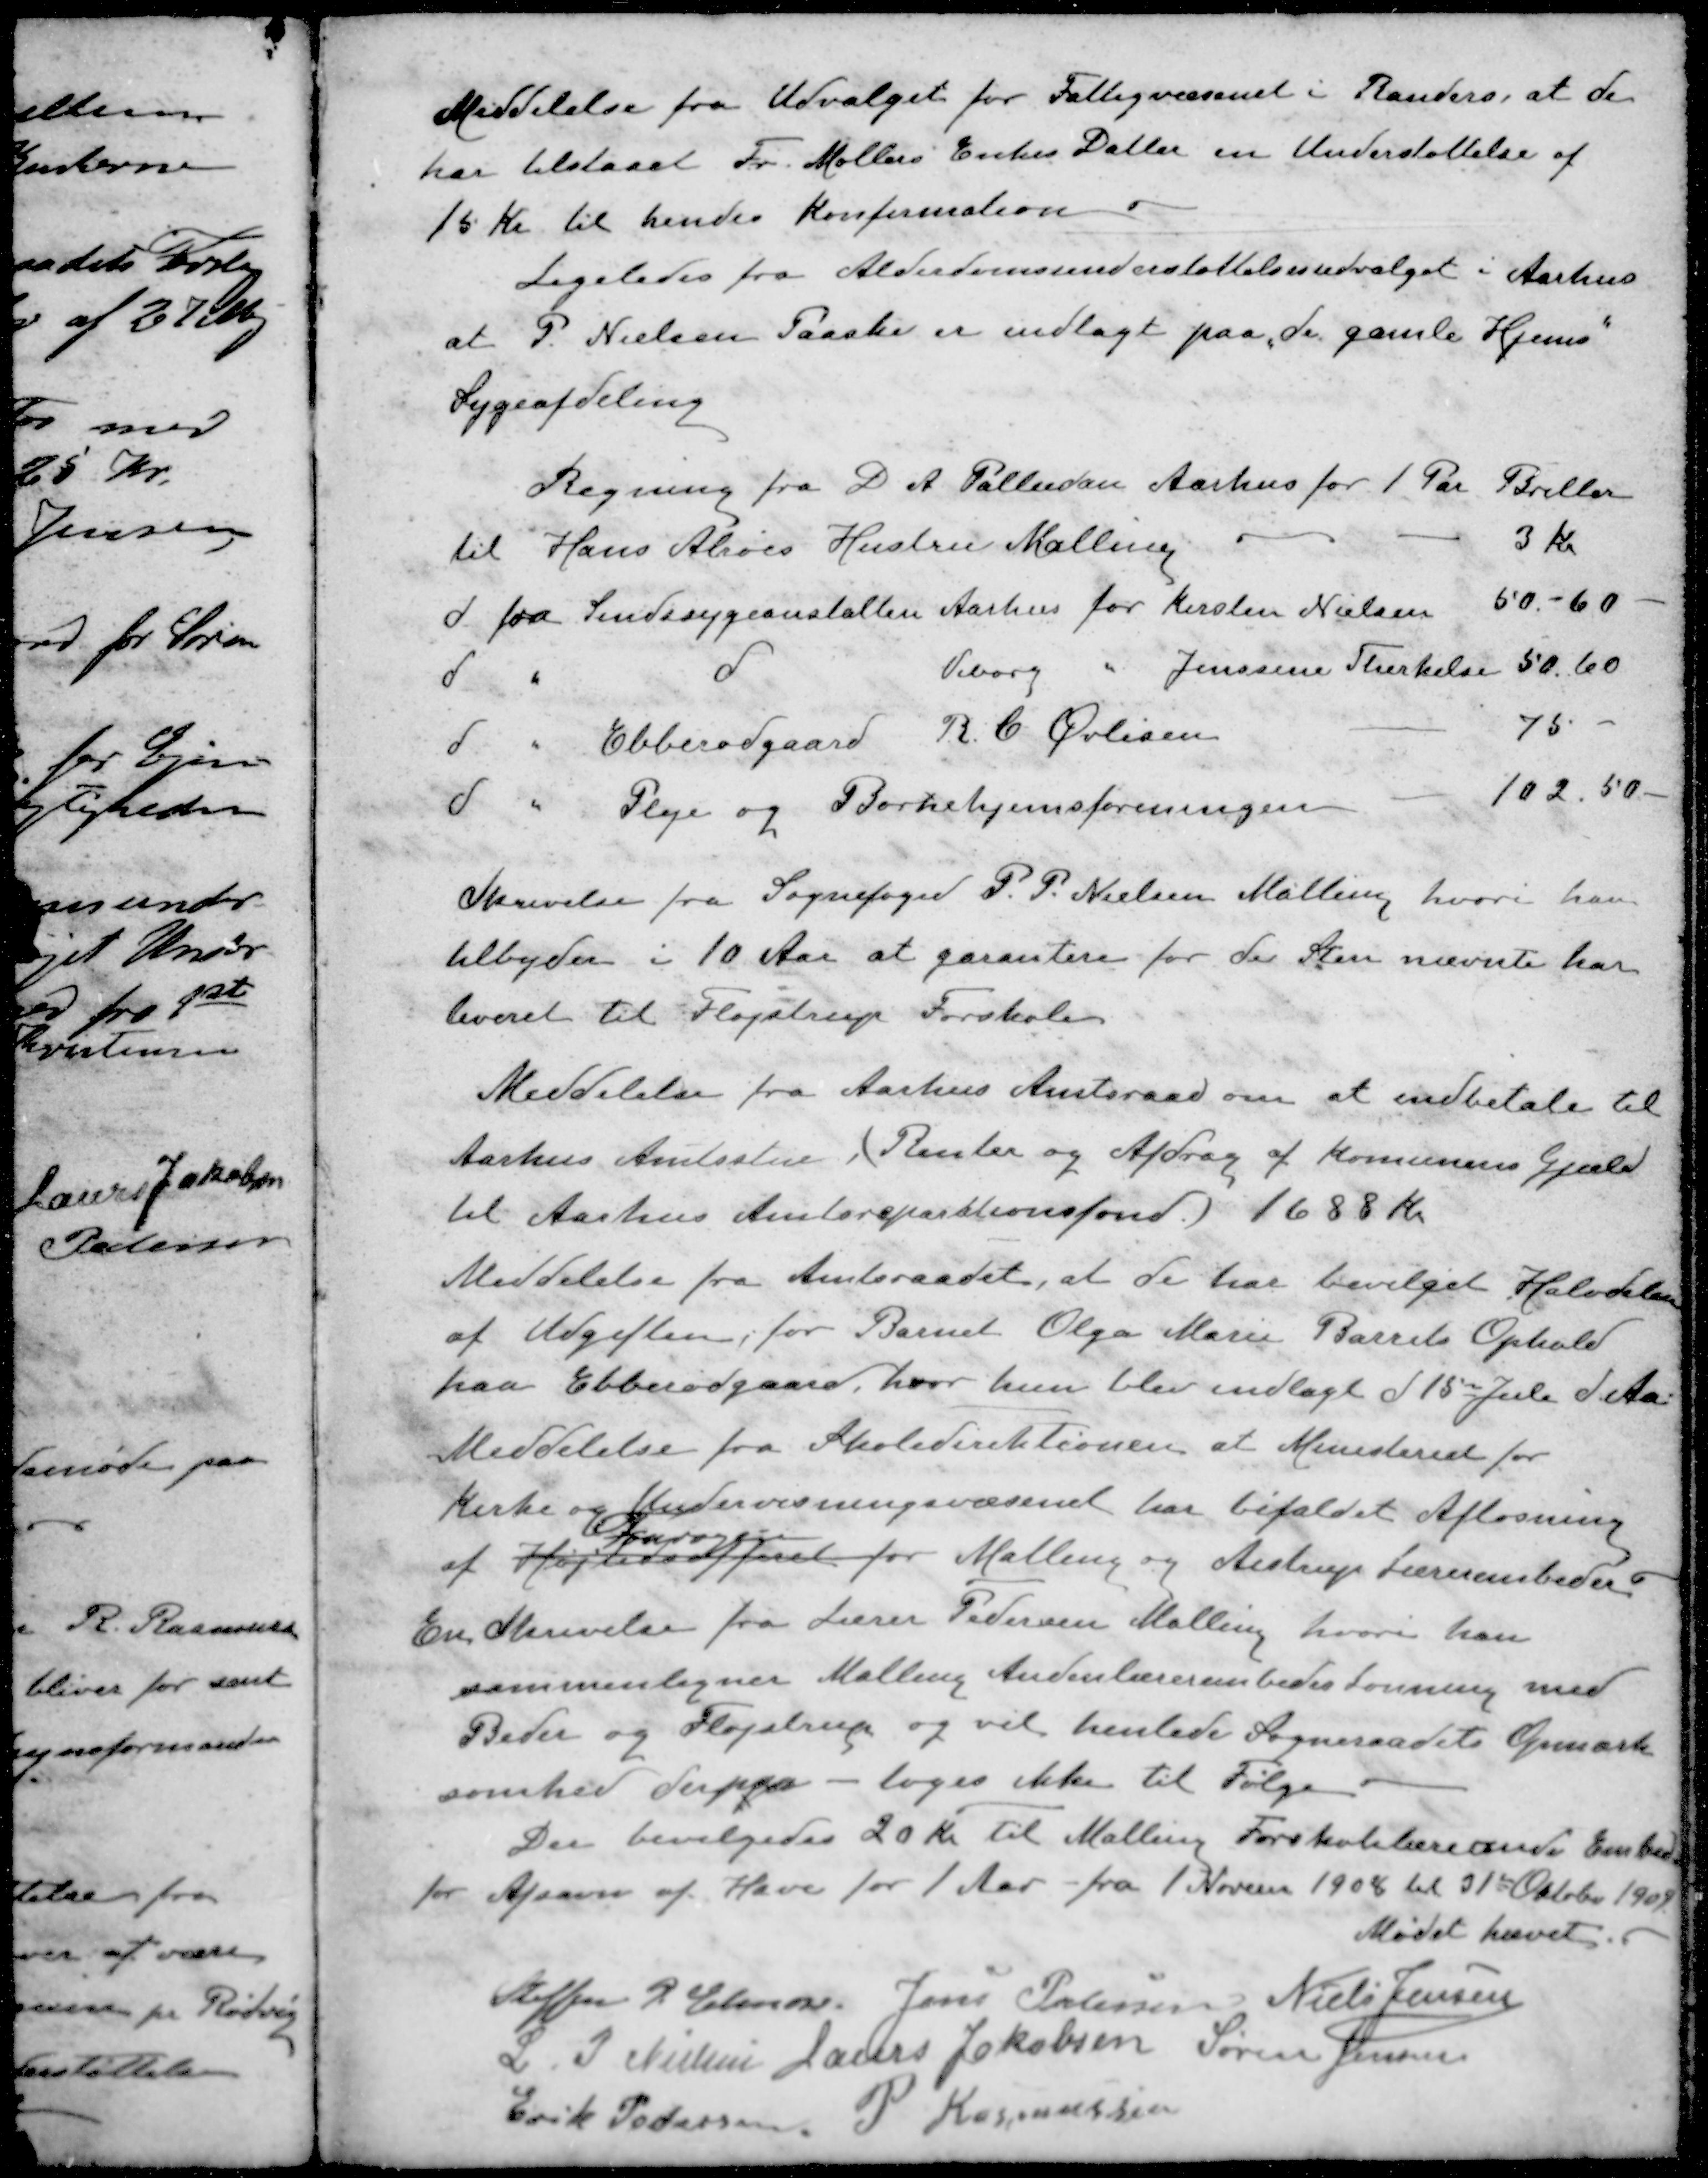
Transskription:
Meddelelse fra Udvalget for Fattigvæsenet i Randers, at de
har tilstaaet Fr. Møllers Enkes Datter en Understøttelse af
15 Kr til hendes Konfirmation
Ligeledes fra Alderdomsunderstøttelsesudvalget i Aarhus
at P. Nielsen Paaske er indlagt paa "de gamle Hjems"
Sygeafdeling
Regning fra D A  Palludan Aarhus for 1 Par Briller
til Hans Alrøes Hustru Malling
3 kr
d fra Sindssygeanstalten Aarhus for Kirsten Nielsen
50-60
d " d Viborg " Jenssine Stærkelse
50,60
d " Ebberødgaard R. C. Øvlisen
75
d " Pleje og Børnehjemsforeningen
102,50
Skrivelse fra Sognefoged P. P. Nielsen Malling hvori han
tilbyder i 10 Aar at garantere for de Sten nævnte har
leveret til Fløjstrup Forskole
Meddelelse fra Aarhus Amtsraad om at indbetale til
Aarhus Amtsstue, (Renter og Afdrag af Komunens Gjæld
til Aarhus Amtsrepartitionsfond.) 1688 Kr.
Meddelelse fra Amtsraadet, at de tide bevilget Halvdelen
af Udgiften, for Barnet Olga Marie Barrets Ophold
paa Ebberødgaard, hvor hun blev indlagt d 15 Juli d Aa
Meddelelse fra Skoledirektionen at Ministeriet for
Kirke og Undervisningsvæsenet har bifaldet Afløsning

af Højtidsofferet for Malling og Alstrup Lærerembeder
En Skrivelse fra Lærer Pedersen Malling, hvori han
sammenligner Malling Andenlærerembedes Lønning med
Beder og Fløjstrup og vil henlede Sogneraadets Opmærk-
somhed derpaa - toges ikke til Følge
Der bevilgedes 20 Kr til Malling Forskolelærerinde Embede
for Afsavn af Have for 1 Aar fra 1 Novem 1904 til 31 Oktober 1908
Mødet hævet.
Steffen P Elmose
Jens Petersen
Niels Jensen
L. P. Nielsen
Laurs Jakobsen
Søren Jensen
Erik Pedersen
P Rasmussen